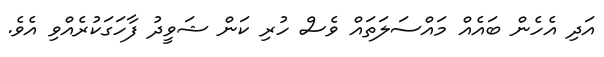
އަދި އެހެން ބައެއް މައްސަލަތައް ވެސް ހުރި ކަން ޝަވީދު ފާހަަގަކުރެއްވި އެވެ.